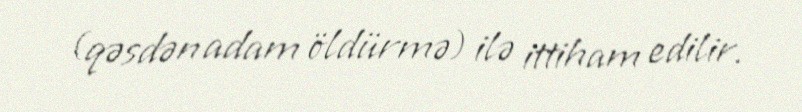
(qəsdən adam öldürmə) ilə ittiham edilir.